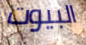
البيوت